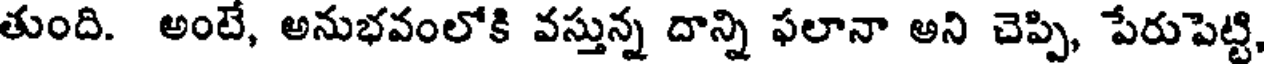
తుంది. అంటే, అనుభవంలోకి వస్తున్న దాన్ని ఫలానా అని చెప్పి, పేరుపెట్టి